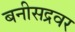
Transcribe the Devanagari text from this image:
बनीसद्रवर